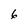
Character: 6